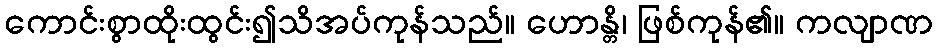
ကောင်းစွာထိုးထွင်း၍သိအပ်ကုန်သည်။ ဟောန္တိ၊ ဖြစ်ကုန်၏။ ကလျာဏ